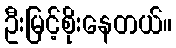
ဦးမြင့်စိုးနေတယ်။